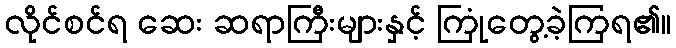
လိုင်စင်ရ ဆေး ဆရာကြီးများနှင့် ကြုံတွေ့ခဲ့ကြရ၏။